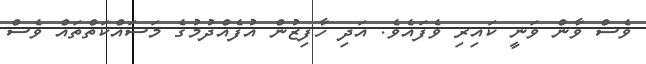
ވެސް ވާން ވަނީ ކައިރި ވެފައެވެ. އަދި ހާފިޒުން އުފެއްދުމުގެ މަސައްކަތްތައް ވެސް